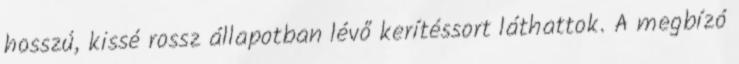
hosszú, kissé rossz állapotban lévő kerítéssort láthattok. A megbízó